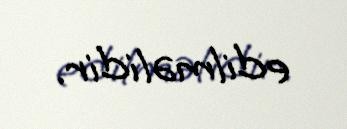
edilməlidir.